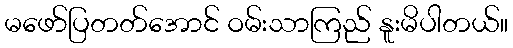
မဖော်ပြတတ်အောင် ဝမ်းသာကြည် နူးမိပါတယ်။